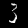
Label: 3